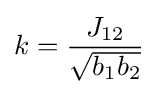
k={\frac {J_{12}}{\sqrt {b_{1}b_{2}}}}